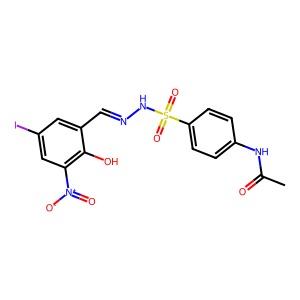
SMILES: CC(=O)Nc1ccc(S(=O)(=O)NN=Cc2cc(I)cc([N+](=O)[O-])c2O)cc1
Inhibits HIV replication: No